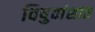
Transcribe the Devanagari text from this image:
विषुवांशात